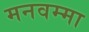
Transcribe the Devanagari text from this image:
मनवम्मा